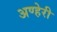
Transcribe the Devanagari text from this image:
अण्हेरी